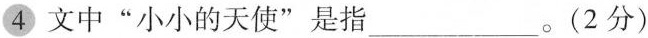
4文中“小小的天使”是指___(2 分)